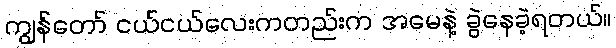
ကျွန်တော် ငယ်ငယ်လေးကတည်းက အမေနဲ့ ခွဲနေခဲ့ရတယ်။